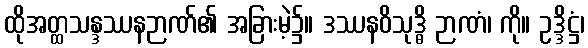
ထိုအတ္ထသန္ဒဿနဉာဏ်၏ အခြားမဲ့၌။ ဒဿနဝိသုဒ္ဓိ ဉာဏံ၊ ကို။ ဥဒ္ဒိဋ္ဌံ၊